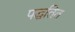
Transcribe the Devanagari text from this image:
पद्धतित